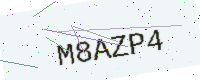
Text: M8AZP4